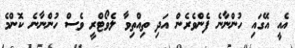
އެއީ އޭގައި ހުންނާނެ ފެންވެރެން އަދި ތިއްތިވާ ލެވޯޓްރީ ވެސް ހުންނާނެ ކޮންމެ